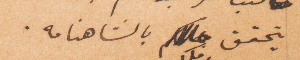
يتحقق بالشاهنامة